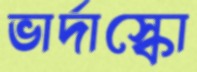
ভার্দাস্কো